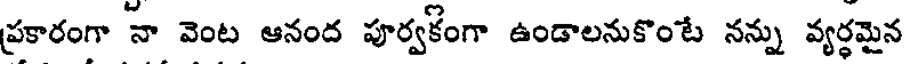
ప్రకారంగా నా వెంట ఆనంద పూర్వకంగా ఉండాలనుకొంటే నన్ను వ్యర్థమైన